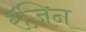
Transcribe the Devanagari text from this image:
रॅज़िन